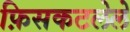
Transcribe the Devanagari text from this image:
फ़िसकटलेले